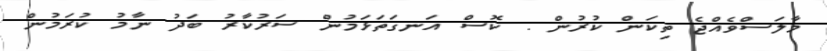
މާލަސްވެއްޖެ ތިކަން ކުރުން . ކޮސް އަނގަތަޅަމުން ސަރުކާރު ބަދު ނާމު ކުރަމުން